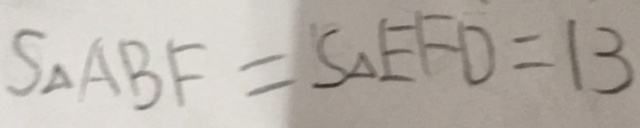
S _ { \Delta } A B F = S _ { \Delta } E F D = 1 3